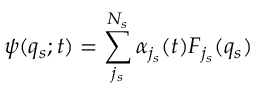
\psi ( q _ { s } ; t ) = \sum _ { j _ { s } } ^ { N _ { s } } \alpha _ { j _ { s } } ( t ) F _ { j _ { s } } ( q _ { s } )